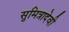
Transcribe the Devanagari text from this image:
सुमित्रादेवी